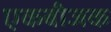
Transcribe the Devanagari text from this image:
एकबीजक